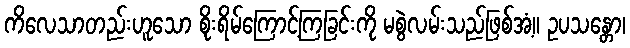
ကိလေသာတည်းဟူသော စိုးရိမ်ကြောင့်ကြခြင်းကို မစွဲလမ်းသည်ဖြစ်အံ့။ ဥပသန္တော၊